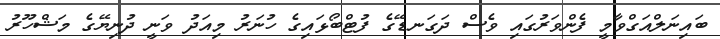
ބައިނަލްއަގްވާމީ ފެންވަރުގައި ވެސް ދަގަނޑޭގެ ފުޓްބޯޅައިގެ ހުނަރު މިއަދު ވަނީ ދުނިޔޭގެ މަޝްހޫރު